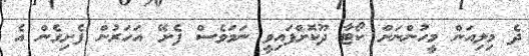
ދެ މިލިއަން މީހުންނަށް ކޯޓާ ދޫކޮށްފައިވީ ނަމަވެސް ފެށޭ އަހަރުން ފެށިގެން އެ